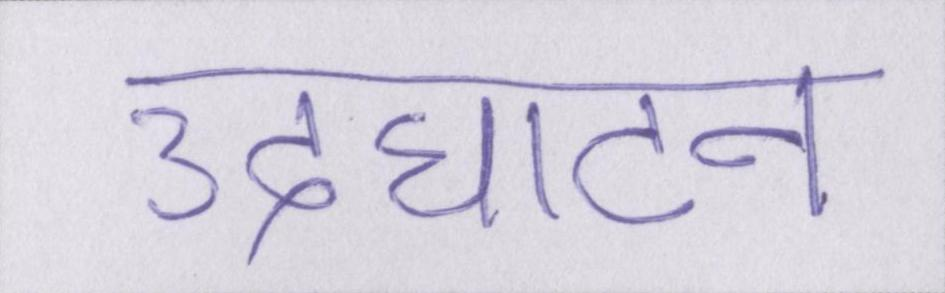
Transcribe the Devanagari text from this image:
उदघाटन